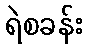
ရဲစခန်း